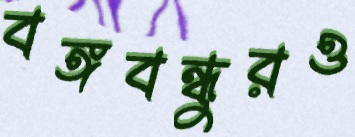
বঙ্গবন্ধুরও